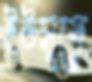
ইউসুফে